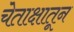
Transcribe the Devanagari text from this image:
चेताक्षातून